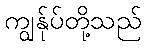
ကျွန်ုပ်တို့သည်